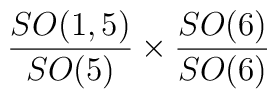
{SO(1,5)\over SO(5)} \times { SO(6)\over SO(6)}